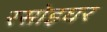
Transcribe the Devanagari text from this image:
रसोइघर